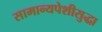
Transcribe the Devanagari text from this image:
सामान्यपेशीसुद्धा